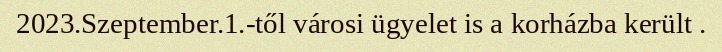
2023.Szeptember.1.-től városi ügyelet is a korházba került .